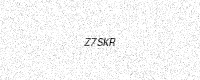
Text: Z7SKR